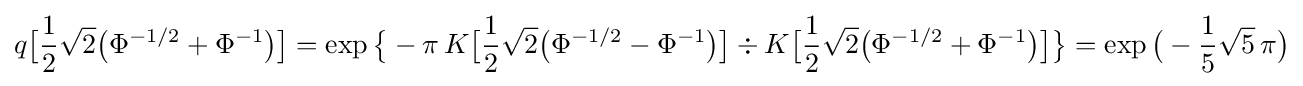
q{\bigl [}{\frac {1}{2}}{\sqrt {2}}{\bigl (}\Phi ^{-1/2}+\Phi ^{-1}{\bigr )}{\bigr ]}=\exp {\bigl \{}-\pi \,K{\bigl [}{\frac {1}{2}}{\sqrt {2}}{\bigl (}\Phi ^{-1/2}-\Phi ^{-1}{\bigr )}{\bigr ]}\div K{\bigl [}{\frac {1}{2}}{\sqrt {2}}{\bigl (}\Phi ^{-1/2}+\Phi ^{-1}{\bigr )}{\bigr ]}{\bigr \}}=\exp {\bigl (}-{\frac {1}{5}}{\sqrt {5}}\,\pi {\bigr )}